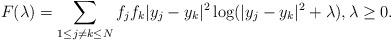
LaTeX: \begin{align*}F(\lambda)=\sum_{1\leq j\not = k \leq N} f_jf_k|y_j-y_k|^2 \log(|y_j-y_k|^2+\lambda),\lambda\geq 0.\end{align*}